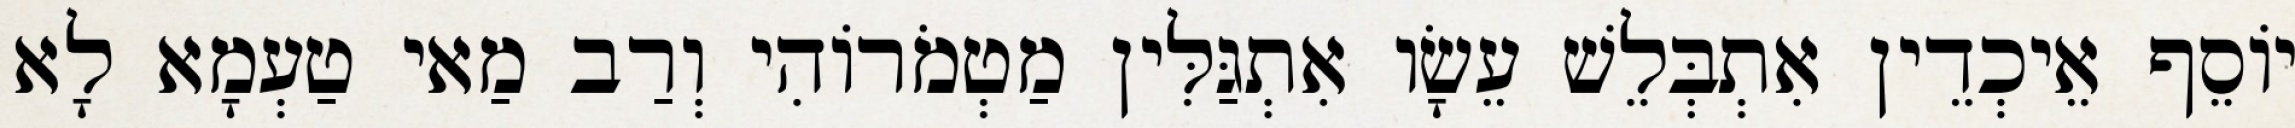
יוֹסֵף אֵיכְדֵין אִתְבְּלֵשׁ עֵשָׂו אִתְגַּלִּין מַטְמֹרוֹהִי וְרַב מַאי טַעְמָא לָא